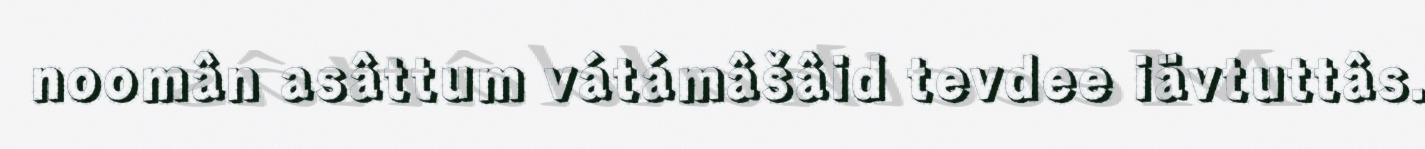
noomân asâttum vátámâšâid tevdee iävtuttâs.